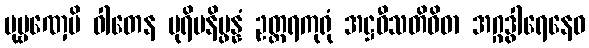
ပုဗ္ဗဏှေပိ ဝါတေန ပုရိမနိပ္ဖန္နံ ဥတ္တရကုရုံ အဋ္ဌဝီသတိဝိဓာ အဂ္ဂဒွါရေနေဝ